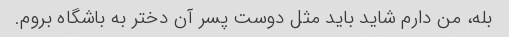
بله، من دارم شاید باید مثل دوست پسر آن دختر به باشگاه بروم.